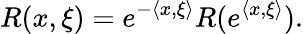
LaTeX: R(x,\xi)=e^{-{\langle x,\xi\rangle}}R(e^{\langle x,\xi\rangle}).